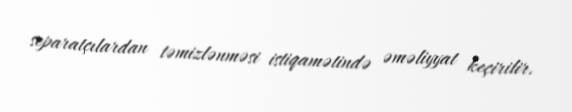
separatçılardan təmizlənməsi istiqamətində əməliyyat keçirilir.